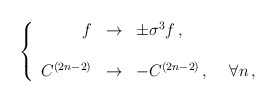
\begin{align*}\left\{\begin{array}{rcl}f & \rightarrow & \pm\sigma^{3}f\, , \\& & \\C^{(2n-2)} & \rightarrow & -C^{(2n-2)}\, , \hskip .5truecm \forall n\, ,\\\end{array}\right.\end{align*}